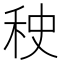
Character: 𰨠